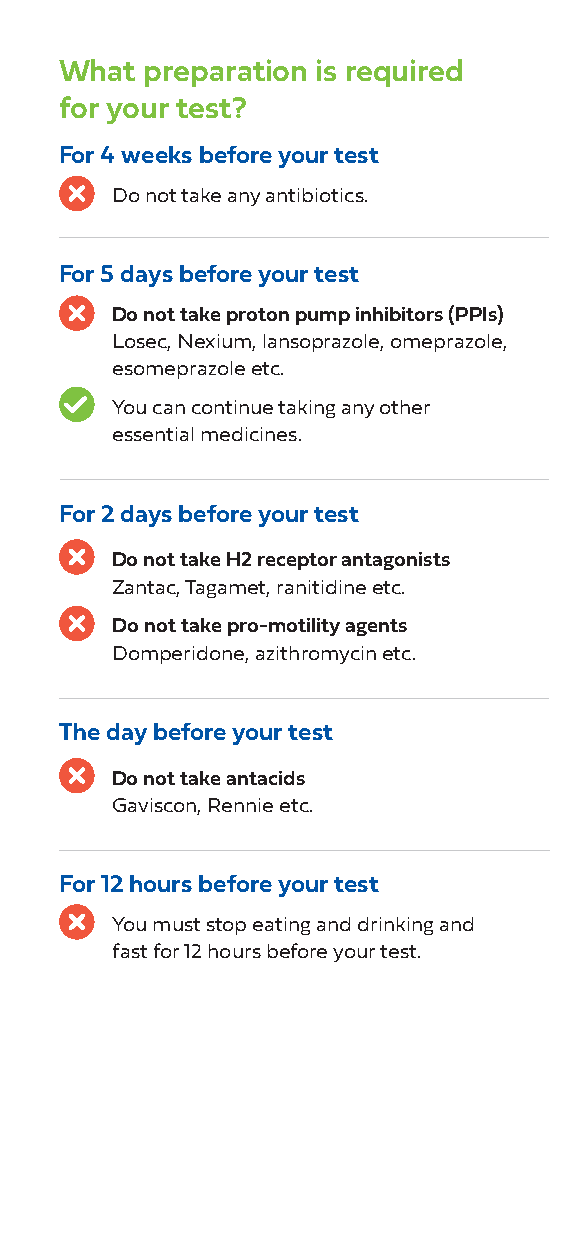
What  preparation is required
 for your test?
 For 4 weeks before your test
 Do not take any antibiotics.
 For 5 days before your test
 Do not take proton pump inhibitors (PPIs)
 Losec, Nexium, lansoprazole, omeprazole,
 esomeprazole etc.
 You can continue taking any other
 essential medicines.
 For 2 days before your test
 Do not take H2 receptor antagonists
 Zantac, Tagamet, ranitidine etc.
 Do not take pro-motility agents
 Domperidone, azithromycin etc.
 The day before your test
 Do not take antacids
 Gaviscon, Rennie etc.
 For 12 hours before your test
 You must stop eating and drinking and
 fast for 12 hours before your test.